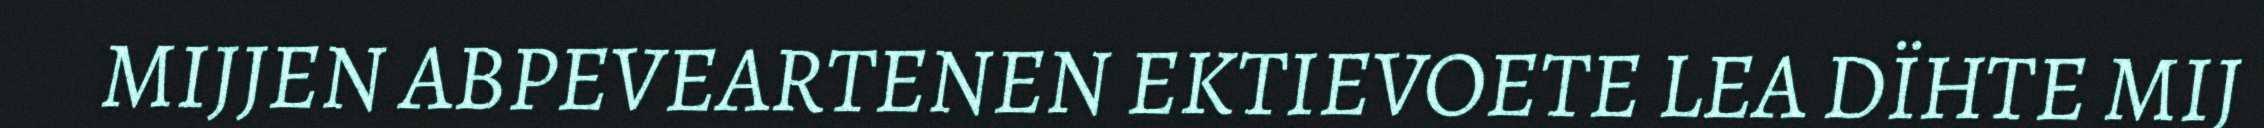
MIJJEN ABPEVEARTENEN EKTIEVOETE LEA DÏHTE MIJ